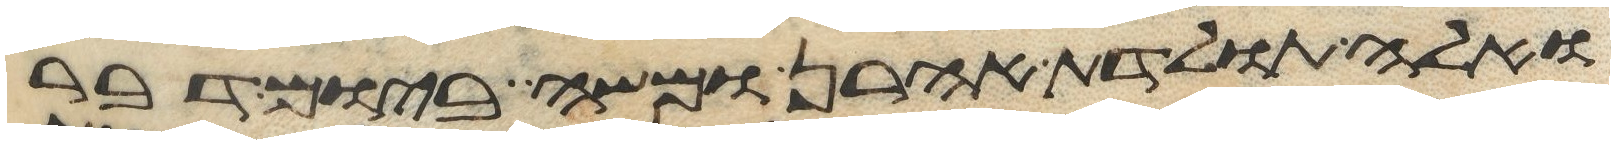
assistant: ואלה תולדת אהרן ומשה ביום דבר